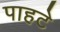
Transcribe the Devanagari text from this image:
पाहटे